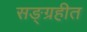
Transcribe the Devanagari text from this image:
सङ्ग्रहीत